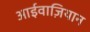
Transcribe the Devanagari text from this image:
आईवाज़ियान